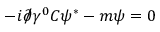
- i { \partial \! \! \! { \big / } } \gamma ^ { 0 } C \psi ^ { * } - m \psi = 0